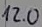
Text: 12.0